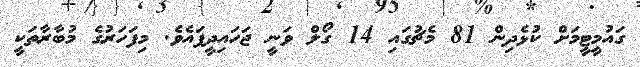
ގައުމީޓީމަށް ކުޅެދިން 81 މެޗުގައި 14 ގޯލް ވަނީ ޖަހައިދީފައެވެ. މިފަހަރުގެ މުބާރާތަކީ